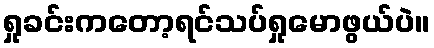
ရှုခင်းကတော့ရင်သပ်ရှုမောဖွယ်ပဲ။